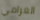
الغرامي